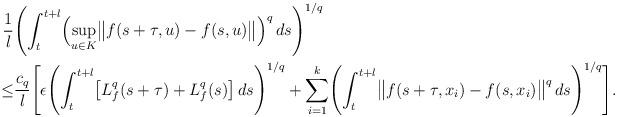
LaTeX: \begin{align*}\frac{1}{l}&\Biggl( \int^{t+l}_{t}\Bigl(\sup_{u\in K}\bigl\| f(s+\tau,u)-f(s,u)\bigr\|\Bigr)^{q}\, ds\Biggr)^{1/q}\\ \leq & \frac{c_{q}}{l}\Biggl[ \epsilon \Biggl(\int^{t+l}_{t} \bigl[ L_{f}^{q}(s+\tau)+L_{f}^{q}(s)\bigr] \, ds\Biggr)^{1/q}+\sum_{i=1}^{k}\Biggl(\int^{t+l}_{t} \bigl\| f(s+\tau,x_{i})-f(s,x_{i})\bigr\|^{q}\, ds \Biggr)^{1/q}\Biggr].\end{align*}